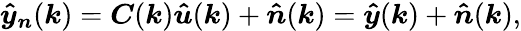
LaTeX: \boldsymbol{\hat{y}_{n}}(\boldsymbol{k})=\boldsymbol{C}(\boldsymbol{k})\boldsymbol{\hat{u}}(\boldsymbol{k})+\boldsymbol{\hat{n}}(\boldsymbol{k})=\boldsymbol{\hat{y}}(\boldsymbol{k})+\boldsymbol{\hat{n}}(\boldsymbol{k}),